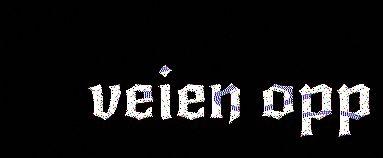
veien opp